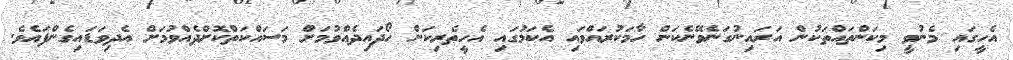
އެހީގައި މެނުވީ މިކަންތައްތަކުން އަރައިނުގަނެވޭނެކަން ހާމަކުރައްވައި އެކަމުގައި އެހީތެރިކަން ހޯދައިދެއްވުމަށް މަސައްކަތްކޮށްދެއްވުމަށް އެދިވަޑައިގެންފައެވެ.